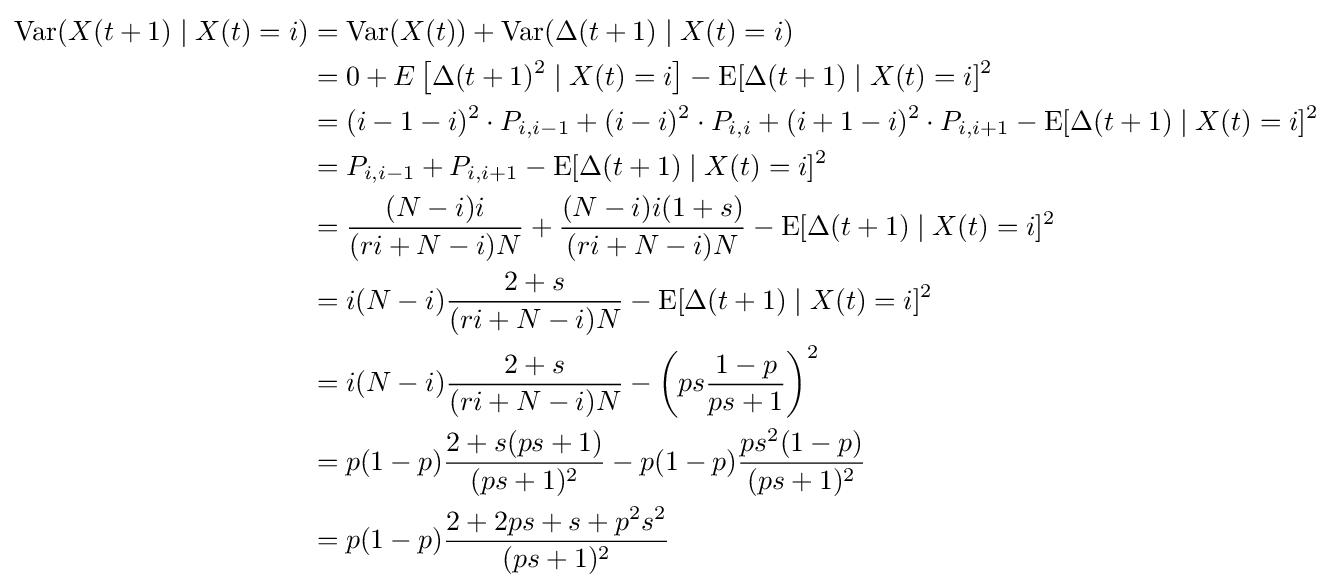
{\begin{aligned}\operatorname {Var} (X(t+1)\mid X(t)=i)&=\operatorname {Var} (X(t))+\operatorname {Var} (\Delta (t+1)\mid X(t)=i)\\&=0+E\left[\Delta (t+1)^{2}\mid X(t)=i\right]-\operatorname {E} [\Delta (t+1)\mid X(t)=i]^{2}\\&=(i-1-i)^{2}\cdot P_{i,i-1}+(i-i)^{2}\cdot P_{i,i}+(i+1-i)^{2}\cdot P_{i,i+1}-\operatorname {E} [\Delta (t+1)\mid X(t)=i]^{2}\\&=P_{i,i-1}+P_{i,i+1}-\operatorname {E} [\Delta (t+1)\mid X(t)=i]^{2}\\&={\frac {(N-i)i}{(ri+N-i)N}}+{\frac {(N-i)i(1+s)}{(ri+N-i)N}}-\operatorname {E} [\Delta (t+1)\mid X(t)=i]^{2}\\&=i(N-i){\frac {2+s}{(ri+N-i)N}}-\operatorname {E} [\Delta (t+1)\mid X(t)=i]^{2}\\&=i(N-i){\frac {2+s}{(ri+N-i)N}}-\left(ps{\dfrac {1-p}{ps+1}}\right)^{2}\\&=p(1-p){\frac {2+s(ps+1)}{(ps+1)^{2}}}-p(1-p){\frac {ps^{2}(1-p)}{(ps+1)^{2}}}\\&=p(1-p){\dfrac {2+2ps+s+p^{2}s^{2}}{(ps+1)^{2}}}\end{aligned}}